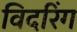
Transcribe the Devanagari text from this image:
विदरिंग